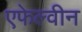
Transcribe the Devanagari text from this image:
एफेल्वीन